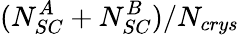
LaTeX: (N_{SC}^{A}+N_{SC}^{B})/N_{crys}